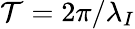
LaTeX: \mathcal{T}=2\pi/\lambda_{I}